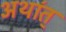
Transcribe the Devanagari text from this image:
अथा॔त्